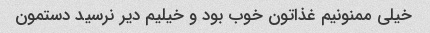
خیلی ممنونیم غذاتون خوب بود و خیلیم دیر نرسید دستمون